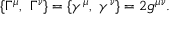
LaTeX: \{ \Gamma ^ { \mu } , ~ \Gamma ^ { \nu } \} = \{ \gamma ^ { \mu } , ~ \gamma ^ { \nu } \} = 2 g ^ { \mu \nu } .